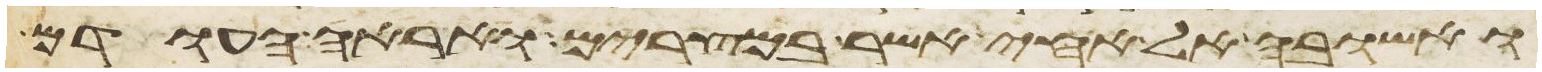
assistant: ואשובה אל אחי אשר במצרים ואראה העודם